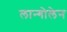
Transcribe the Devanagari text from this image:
लान्गोलेन